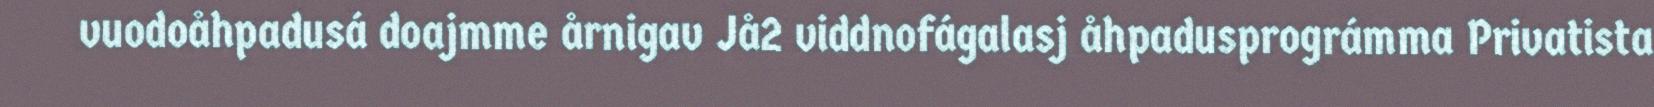
vuodoåhpadusá doajmme årnigav Jå2 viddnofágalasj åhpadusprográmma Privatista